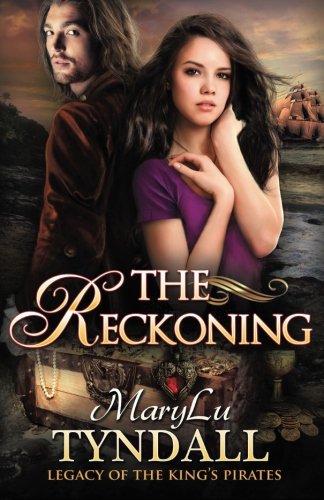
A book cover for The Reckoning (Legacy of the King's Pirates) (Volume 5); MaryLu Tyndall; Romance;